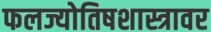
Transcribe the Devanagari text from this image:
फलज्योतिषशास्त्रावर